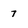
Character: 7